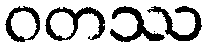
ဝတဿ